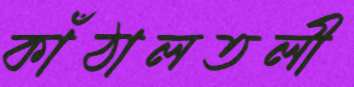
কাঁঠালতলী